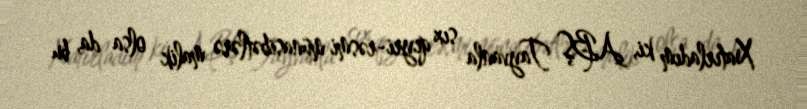
Xatırladım ki, ABŞ Tayvanla sıx qeyri-rəsmi münasibətlərə malik olsa da, bu